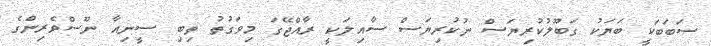
ސަބަބަކީ ބަޔަކު ގަބޫލުކުރިޔަސް ނުކުރިޔަސް ސާއިލަކީ ރާއްޖޭގަ މިވަގުތު ތިބި ސީނިއާ ނޫސްވެރިންގެ